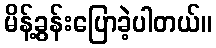
မိန့်ခွန်းပြောခဲ့ပါတယ်။